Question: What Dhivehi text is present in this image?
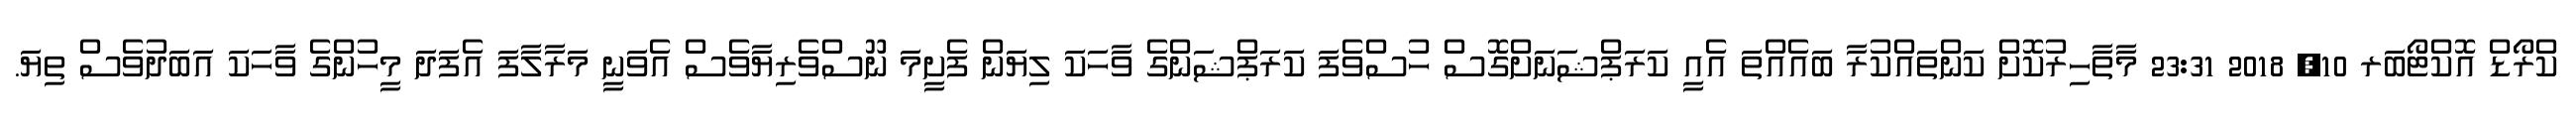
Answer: ކްރޯޑް އޮކްޓޯބަރ 10, 2018 23:31 މާތާހިރުކޮށް ކަންތައްކުރާ ބައެއްތަ އެއީ ކަރަޕްޝަނަށްގޮސް ހުސްވެފަ ކަރަޕްޝަންގެ ވާހަކަ ލިޔަން ފެށީމަ ނޫސްވެރިޔާވެސް އެވަނީ މަރާލާފަ އެފަދަ މީހުންގެ ވާހަކަ އަބަދުވެސް ތިޔަ.